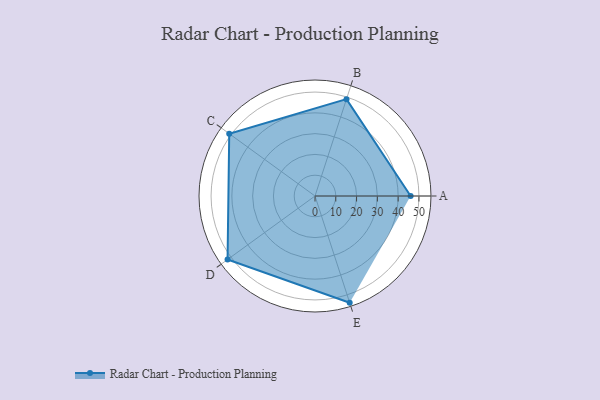
{"axis": {"x": "Skill", "y": "Score"}, "legend": ["Profile"], "data": [{"x": "A", "y": 46.0, "type": "Profile"}, {"x": "B", "y": 49.0, "type": "Profile"}, {"x": "C", "y": 51.0, "type": "Profile"}, {"x": "D", "y": 52.0, "type": "Profile"}, {"x": "E", "y": 54.0, "type": "Profile"}]}